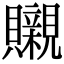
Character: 䞋